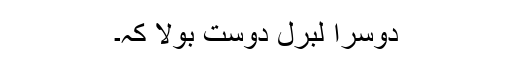
دوسرا لبرل دوست بولا کہ۔